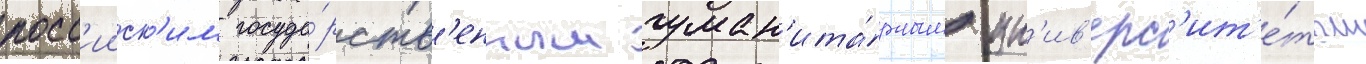
росс'ииск'им госуда́рств'енным гуман'ита́рным ун'ив'ерс'ит'е́том